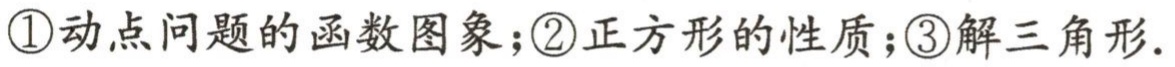
\textcircled{1}动点问题的函数图象；\textcircled{2}正方形的性质；\textcircled{3}解三角形.